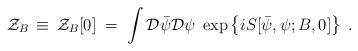
LaTeX: \begin{align*}{\mathcal Z}_B\,\equiv\,{\mathcal Z}_B[0]\;=\; \int{\mathcal D}{\bar\psi}{\mathcal D}\psi \;\exp \left \{ i S[{\bar \psi},\psi;B,0] \right\}\;.\end{align*}